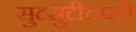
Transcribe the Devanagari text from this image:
सुटसुटीतपणे